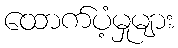
ထောက်ပံ့မှုများ